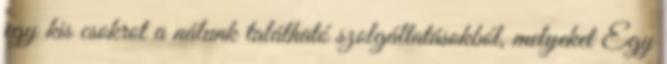
egy kis csokrot a nálunk található szolgáltatásokból, melyeket Egy